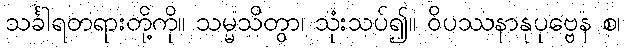
သင်္ခါရတရားတို့ကို။ သမ္မသိတွာ၊ သုံးသပ်၍။ ဝိပဿနာနုပုဗ္ဗေန စ၊